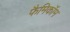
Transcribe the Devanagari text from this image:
फैमिकॉम